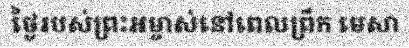
ថ្ងៃរបស់ព្រះអម្ចាស់នៅពេលព្រឹក មេសា